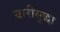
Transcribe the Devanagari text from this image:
घारीसुद्धा